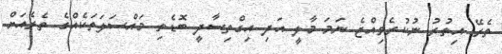
ތެރޭ އިތުރު ނުކުރެވިއްޖެ ނަމަ މާލީ އަދި އިގްތިސާދީ ބޮޑެތި މައްސަލަތަކެއްގެ ތެރެއަށް